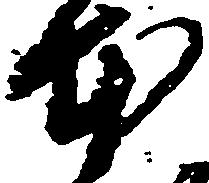
本